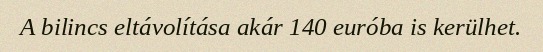
A bilincs eltávolítása akár 140 euróba is kerülhet.